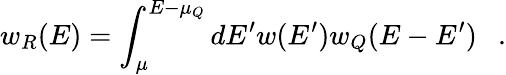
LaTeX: w_{R}(E)=\int_{\mu}^{E-\mu_{Q}}dE^{\prime}w(E^{\prime})w_{Q}(E-E^{\prime})~~~.